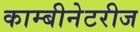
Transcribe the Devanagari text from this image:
काम्बीनेटरीज